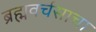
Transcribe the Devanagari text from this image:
ब्रह्मवर्चसाचा